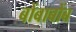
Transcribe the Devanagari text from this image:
बोंबाबोंब